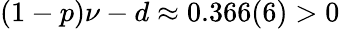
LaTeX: (1-p)\nu-d\approx 0.366(6)>0